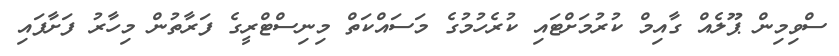
ސްވިމިން ޕޫލެއް ގާއިމް ކުރުމަށްޓައި ކުރެހުމުގެ މަސައްކަތް މިނިސްޓްރީގެ ފަރާތުން މިހާރު ފަށާފައި